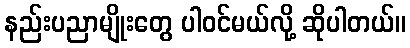
နည်းပညာမျိုးတွေ ပါဝင်မယ်လို့ ဆိုပါတယ်။